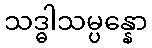
သဒ္ဓါသမ္ပန္နော